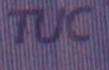
TUC